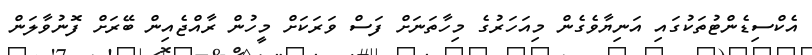
އެކްސިޑެންޓުތަކުގައި އަނިޔާވެގެން މިއަހަރުގެ މިހާތަނަށް ފަސް ވަރަކަށް މީހުން ރާއްޖެއިން ބޭރަށް ފޮނުވާލަން